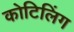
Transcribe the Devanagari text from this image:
कोटिलिंग